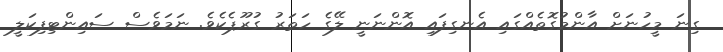
ގިނަ މީހުނަށް އާންމުގޮތެއްގައި އެނގިފައި އޮންނަނީ ލޭގެ ހަތަރު ގުރޫޕެކެވެ. ނަމަވެސް ސައިންޓިފިކަލީ